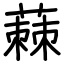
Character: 蕀